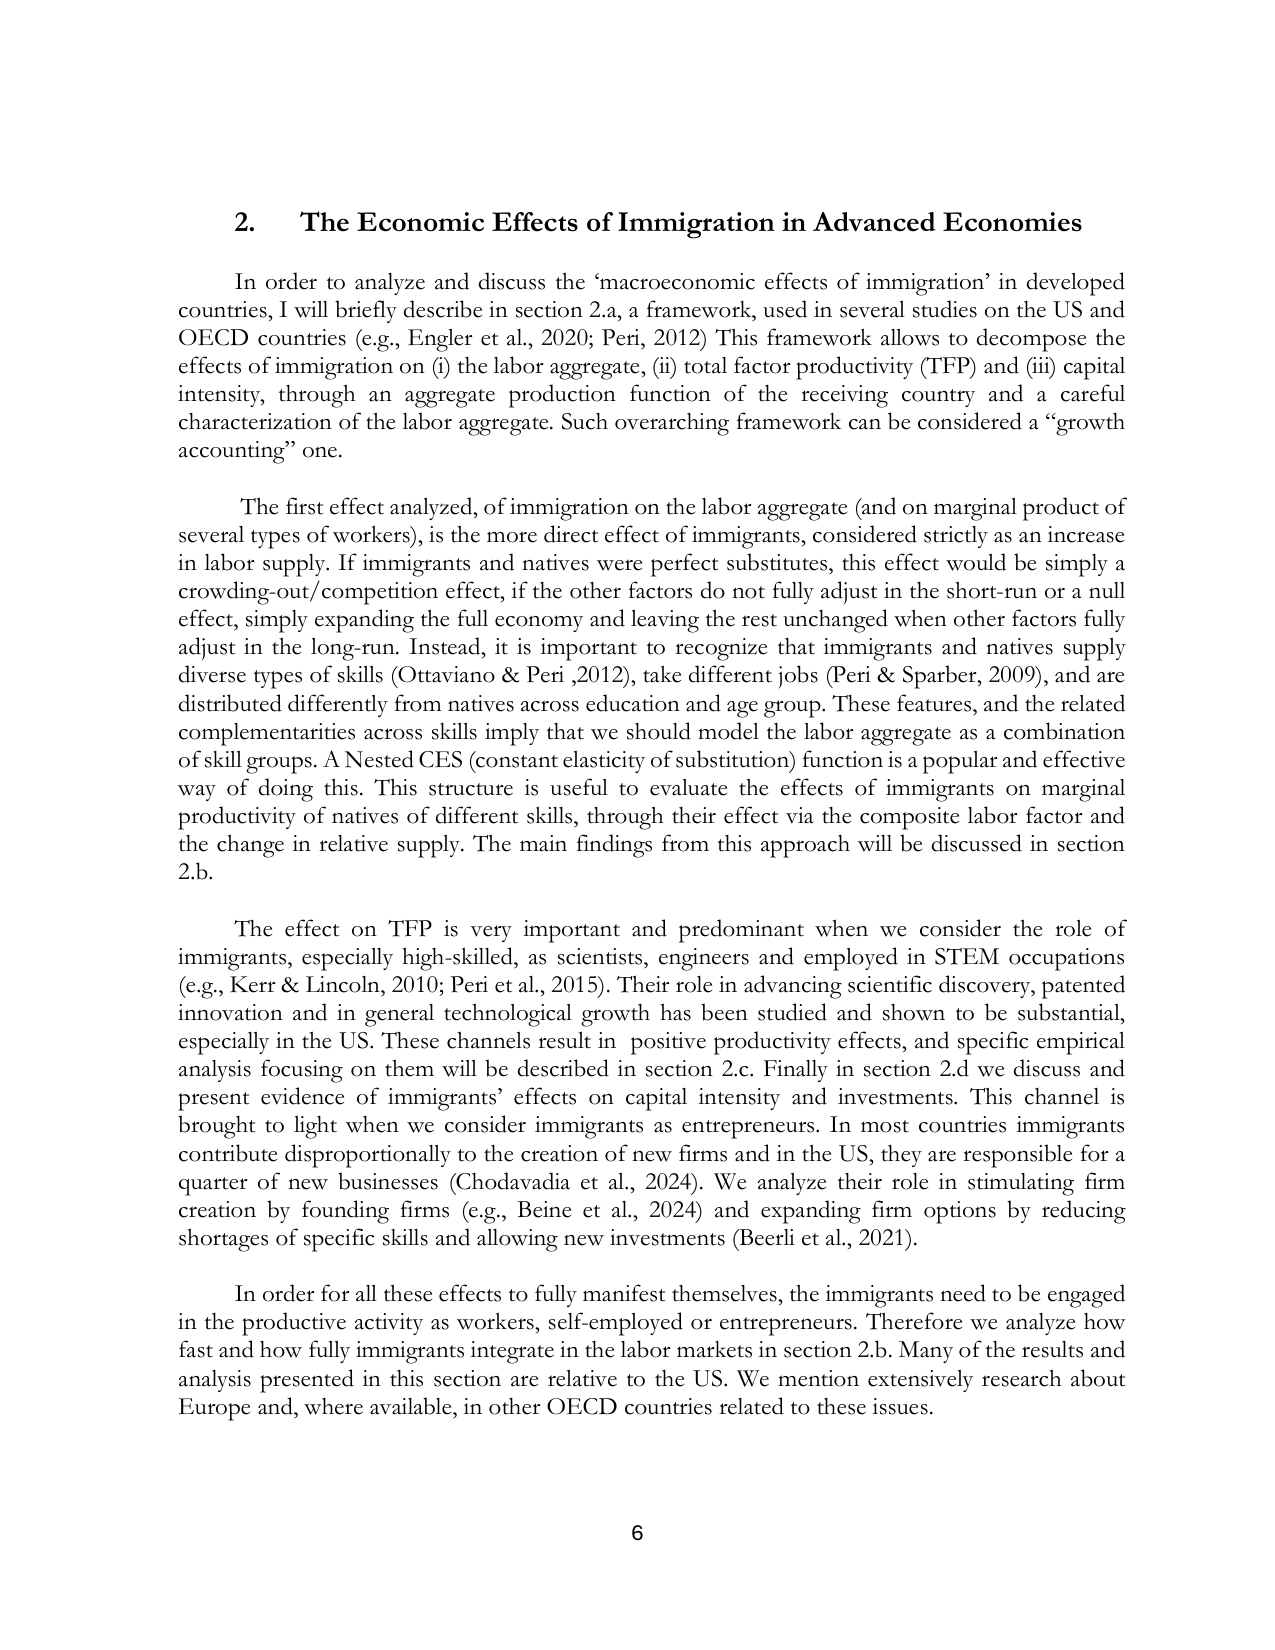
2. The Economic Effects of Immigration in Advanced Economies

In order to analyze and discuss the ‘macroeconomic effects of immigration’ in developed countries, I will briefly describe in section 2.a, a framework, used in several studies on the US and OECD countries (e.g., Engler et al., 2020; Peri, 2012) This framework allows to decompose the effects of immigration on (i) the labor aggregate, (ii) total factor productivity (TFP) and (iii) capital intensity, through an aggregate production function of the receiving country and a careful characterization of the labor aggregate. Such overarching framework can be considered a “growth accounting” one.

The first effect analyzed, of immigration on the labor aggregate (and on marginal product of several types of workers), is the more direct effect of immigrants, considered strictly as an increase in labor supply. If immigrants and natives were perfect substitutes, this effect would be simply a crowding-out/competition effect, if the other factors do not fully adjust in the short-run or a null effect, simply expanding the full economy and leaving the rest unchanged when other factors fully adjust in the long-run. Instead, it is important to recognize that immigrants and natives supply diverse types of skills (Ottaviano & Peri, 2012), take different jobs (Peri & Sparber, 2009), and are distributed differently from natives across education and age group. These features, and the related complementarities across skills imply that we should model the labor aggregate as a combination of skill groups. A Nested CES (constant elasticity of substitution) function is a popular and effective way of doing this. This structure is useful to evaluate the effects of immigrants on marginal productivity of natives of different skills, through their effect via the composite labor factor and the change in relative supply. The main findings from this approach will be discussed in section 2.b.

The effect on TFP is very important and predominant when we consider the role of immigrants, especially high-skilled, as scientists, engineers and employed in STEM occupations (e.g., Kerr & Lincoln, 2010; Peri et al., 2015). Their role in advancing scientific discovery, patented innovation and in general technological growth has been studied and shown to be substantial, especially in the US. These channels result in positive productivity effects, and specific empirical analysis focusing on them will be described in section 2.c. Finally in section 2.d we discuss and present evidence of immigrants’ effects on capital intensity and investments. This channel is brought to light when we consider immigrants as entrepreneurs. In most countries immigrants contribute disproportionately to the creation of new firms and in the US, they are responsible for a quarter of new businesses (Chodavadia et al., 2024). We analyze their role in stimulating firm creation by founding firms (e.g., Beine et al., 2024) and expanding firm options by reducing shortages of specific skills and allowing new investments (Beerli et al., 2021).

In order for all these effects to fully manifest themselves, the immigrants need to be engaged in the productive activity as workers, self-employed or entrepreneurs. Therefore we analyze how fast and how fully immigrants integrate in the labor markets in section 2.b. Many of the results and analysis presented in this section are relative to the US. We mention extensively research about Europe and, where available, in other OECD countries related to these issues.

6